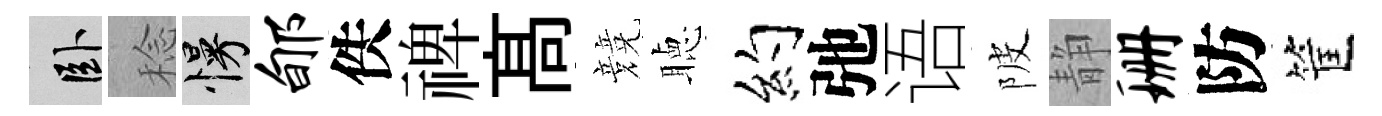
卧稔慢郇佚禆髙競聴约弛语陂静珊防筐